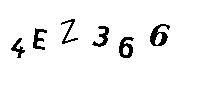
4EZ366